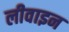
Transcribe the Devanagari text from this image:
लीवाइन